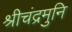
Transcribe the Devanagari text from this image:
श्रीचंद्रमुनि